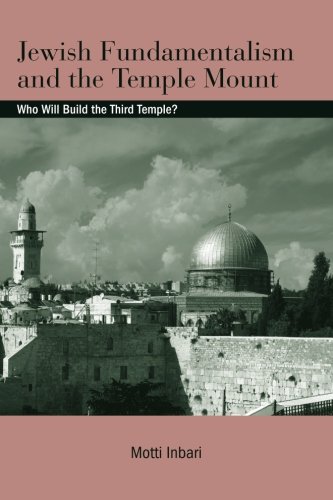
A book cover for Jewish Fundamentalism and the Temple Mount: Who Will Build the Third Temple? (SUNY series in Israeli Studies); Motti Inbari; Christian Books & Bibles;